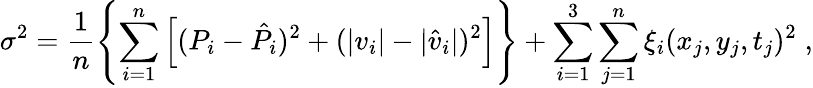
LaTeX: \sigma^{2}=\frac{1}{n}\left\{ \sum_{i=1}^{n}\left[(P_{i}-\hat{P}_{i})^{2}+(|v_{i}|-|\hat{v}_{i}|)^{2}\right]\right\} +\sum_{i=1}^{3}\sum_{j=1}^{n}\xi_{i}(x_{j},y_{j},t_{j})^{2}\; ,